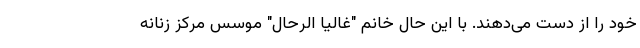
خود را از دست می‌دهند. با این حال خانم "غالیا الرحال" موسس مرکز زنانه